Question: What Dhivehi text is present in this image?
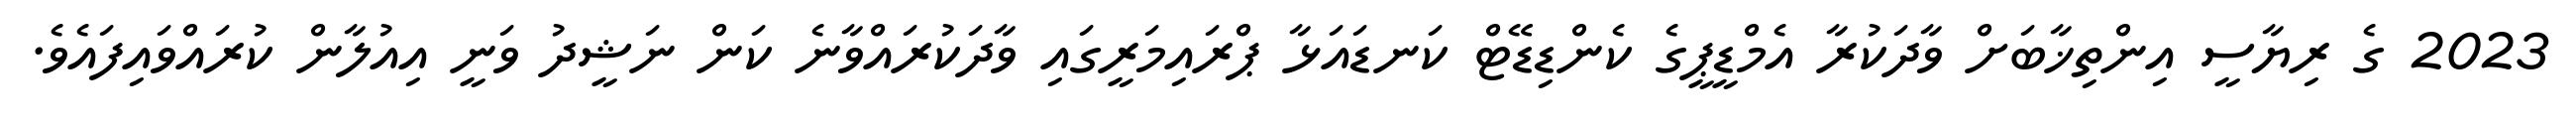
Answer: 2023 ގެ ރިޔާސީ އިންތިޚާބަށް ވާދަކުރާ އެމްޑީޕީގެ ކެންޑިޑޭޓް ކަނޑައަޅާ ޕްރައިމަރީގައި ވާދަކުރައްވާނެ ކަން ނަޝީދު ވަނީ އިއުލާން ކުރައްވައިފައެވެ.